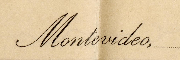
Montevideo